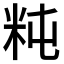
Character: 𥸵